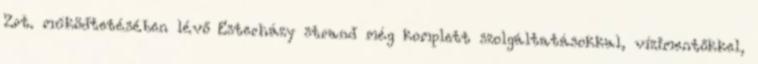
Zrt. működtetésében lévő Esterházy strand még komplett szolgáltatásokkal, vízimentőkkel,